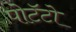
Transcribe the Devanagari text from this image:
पोटॅटो